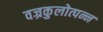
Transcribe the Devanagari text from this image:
वज्रकुलोत्पन्न